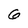
Character: 6